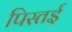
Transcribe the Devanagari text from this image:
पिस्तई